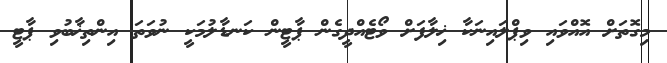
މިގޮތަށް އޮއްވައި ވިޕްލައިނަކާ ޚިލާފަށް ވޯޓެއްދީގެން ޕާޓީން ކަނޑާލުމަކީ ނުވަތަ އިންތިޚާބުވި ޕާޓީ